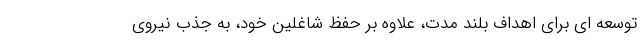
توسعه ای برای اهداف بلند مدت، علاوه بر حفظ شاغلین خود، به جذب نیروی